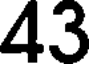
43